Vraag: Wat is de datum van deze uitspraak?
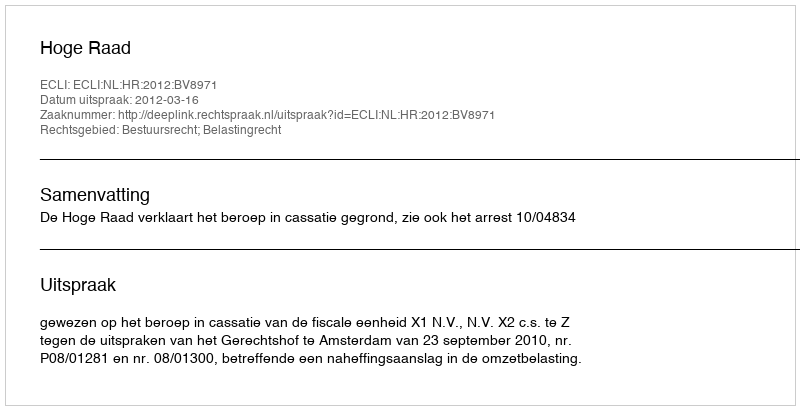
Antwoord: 2012-03-16